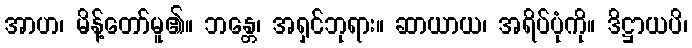
အာဟ၊ မိန့်တော်မူ၏။ ဘန္တေ၊ အရှင်ဘုရား။ ဆာယာယ၊ အရိပ်ပုံကို။ ဒိဋ္ဌာယပိ၊